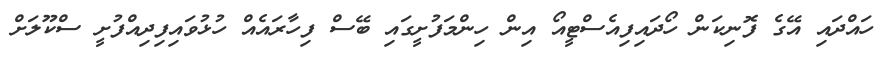
ހައްދައި އޭގެ ފޮނިކަން ހޯދައިފިއެސްޓީއޯ އިން ހިންމަފުށީގައި ބޭސް ފިހާރައެއް ހުޅުވައިފިދިއްފުށީ ސްކޫލަށް